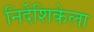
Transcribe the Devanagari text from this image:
निर्देशिकेला